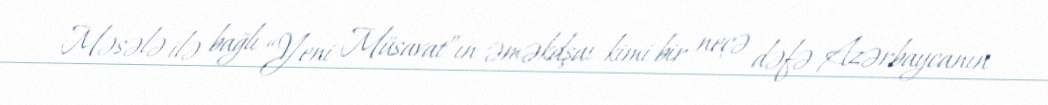
Məsələ ilə bağlı “Yeni Müsavat”ın əməkdşaı kimi bir neçə dəfə Azərbaycanın